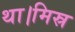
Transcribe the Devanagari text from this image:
था।मिस्र